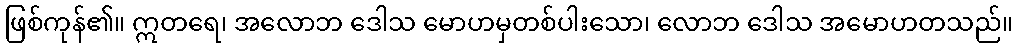
ဖြစ်ကုန်၏။ ဣတရေ၊ အလောဘ ဒေါသ မောဟမှတစ်ပါးသော၊ လောဘ ဒေါသ အမောဟတသည်။